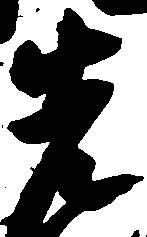
先